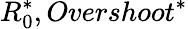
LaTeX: R_{0}^{*},Overshoot^{*}